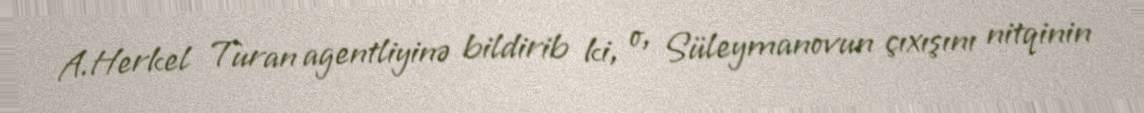
A.Herkel Turan agentliyinə bildirib ki, o, Süleymanovun çıxışını nitqinin